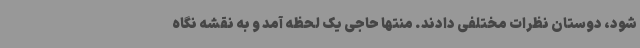
شود، دوستان نظرات مختلفی دادند. منتها حاجی یک لحظه آمد و به نقشه نگاه